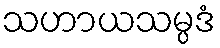
သဟာယသမ္ပဒံ